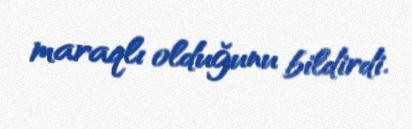
maraqlı olduğunu bildirdi.